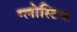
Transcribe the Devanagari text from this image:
ग्लोस्टिक